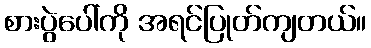
စားပွဲပေါ်ကို အရင်ပြုတ်ကျတယ်။